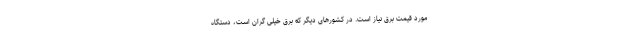
مورد قیمت برق نیاز است. در کشورهای دیگر که برق خیلی گران است، دستگاه